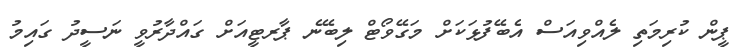
ޕީން ކުރިމަތި ލެއްވިއަސް އެބޭފުޅަކަށް މަގޭވޯޓް ލިބޭނެ ޕާރޓީއަށް ގައްދާރުވީ ނަސީދު ގަައިމު